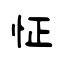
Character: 怔